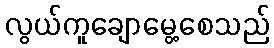
လွယ်ကူချောမွေ့စေသည်